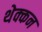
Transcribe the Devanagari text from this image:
थेक्कन